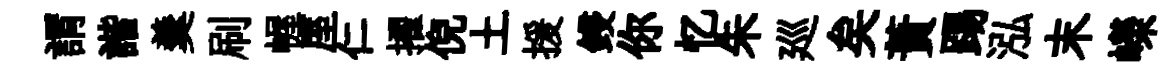
謂諧羹刷幄厔仁擢倪土援鋟你忆朱廵矣蕡踢泓末嶸